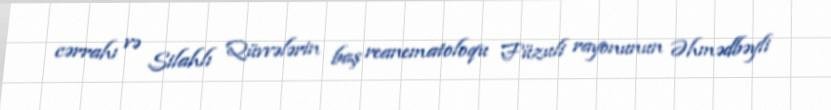
cərrahı və Silahlı Qüvvələrin baş reanematoloqu Füzuli rayonunun Əhmədbəyli